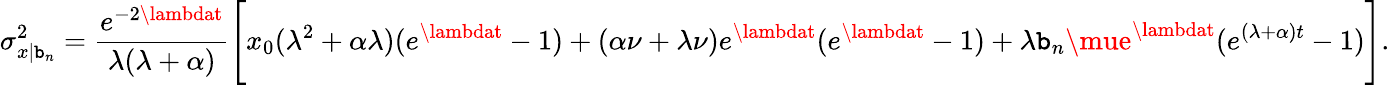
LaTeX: \sigma_{x|\mathtt{b}_{n}}^{2}=\frac{{e^{-2\lambdat}}}{{\lambda(\lambda+\alpha)}}\Bigg[x_{0}(\lambda^{2}+\alpha\lambda)(e^{\lambdat}-1)+(\alpha\nu+\lambda\nu)e^{\lambdat}(e^{\lambdat}-1)+\lambda\mathtt{b}_{n}\mue^{\lambdat}(e^{(\lambda+\alpha)t}-1)\Bigg].